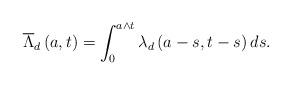
LaTeX: \begin{align*}\overline{\Lambda }_{d}\left( a,t\right) =\int_{0}^{a\wedge t}\lambda_{d}\left( a-s,t-s\right) ds. \end{align*}